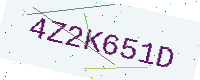
Text: 4Z2K651D